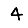
Digit: 4